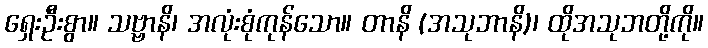
ရှေးဦးစွာ။ သဗ္ဗာနိ၊ အလုံးစုံကုန်သော။ တာနိ (အသုဘာနိ)၊ ထိုအသုဘတို့ကို။